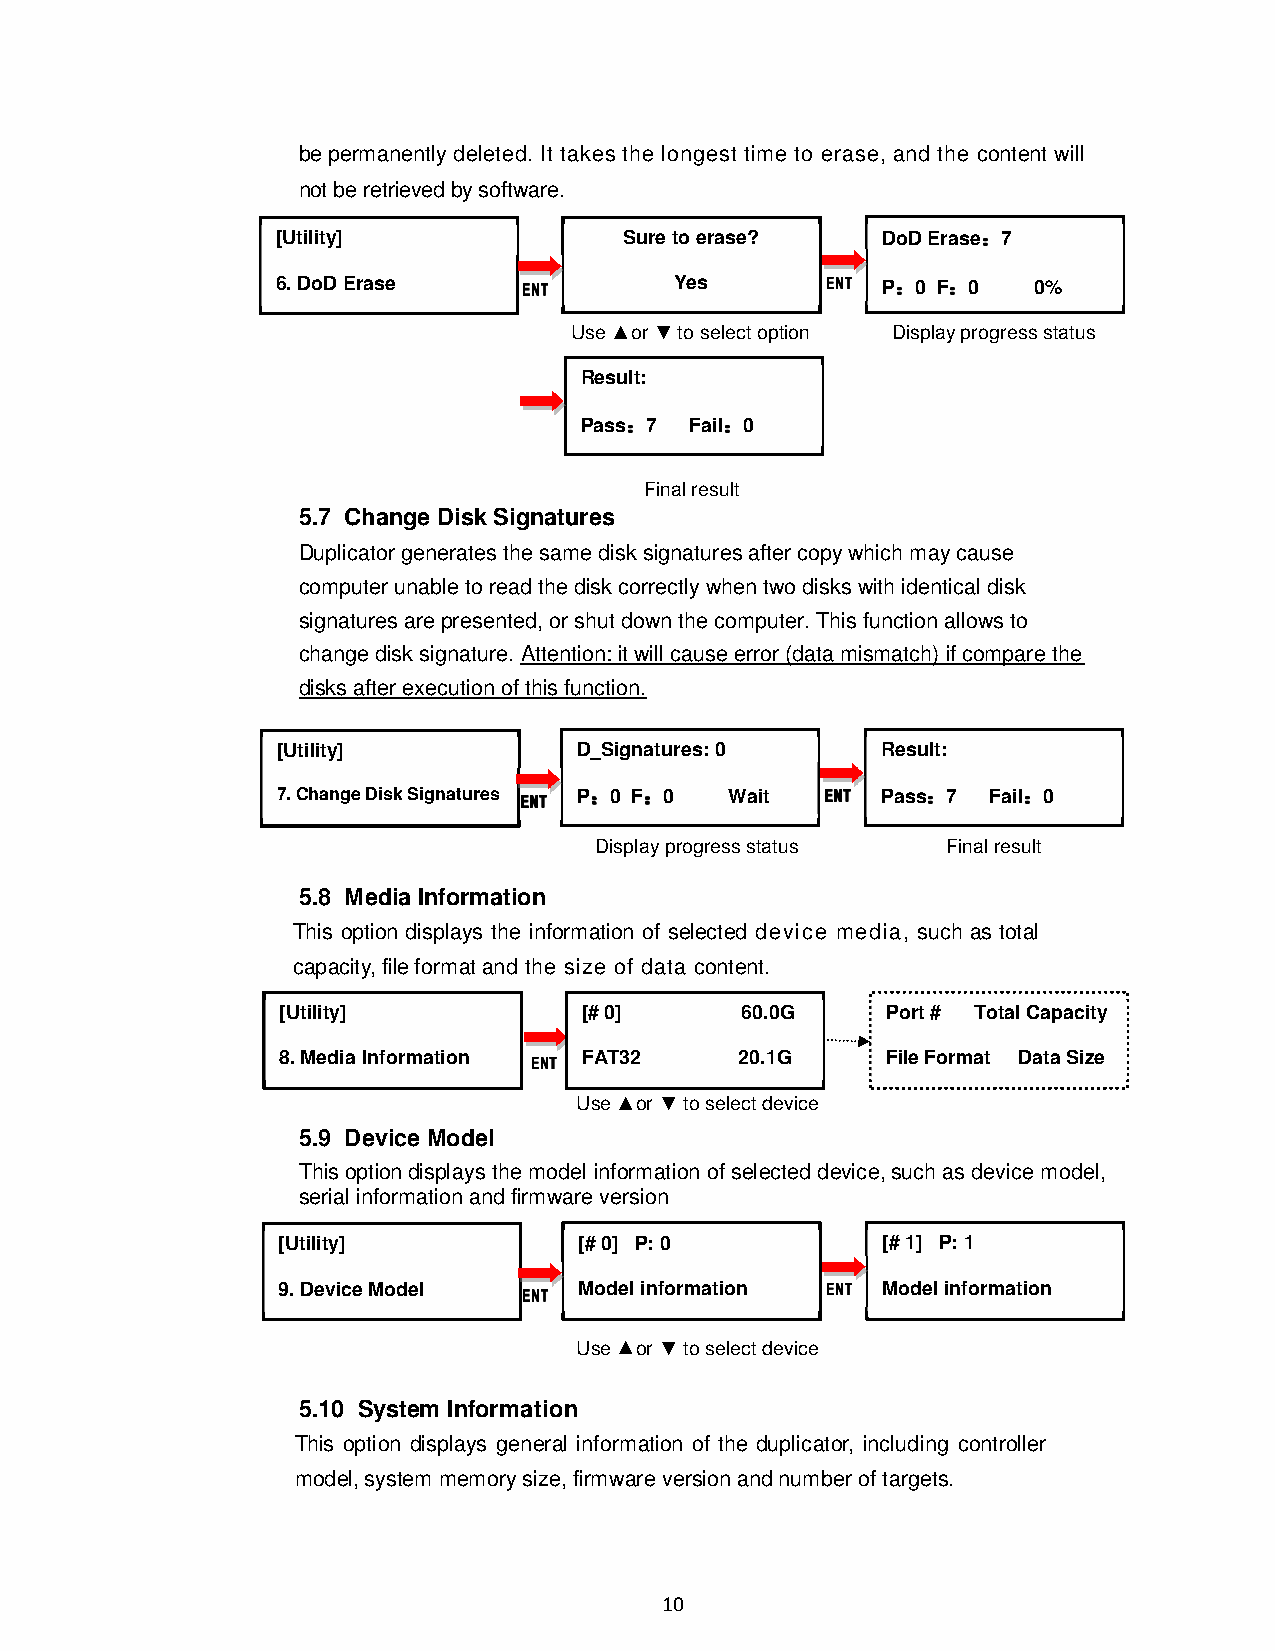
be permanently deleted. It takes the longest time to erase, and the content will
 not be retrieved by software.
 [Utility]              Sure to erase?   DoD Erase：：：：7
 6. DoD Erase     EEEENNNNTTTT Yes    EEEENNNNTTTT P：：：：0 F：：：：0 0%
 Use ▲or ▼ to select option Display progress status
 Result:
 Pass：：：：7 Fail：：：：0
 Final result
 5.7 Change Disk Signatures
 Duplicator generates the same disk signatures after copy which may cause
 computer unable to read the disk correctly when two disks with identical disk
 signatures are presented, or shut down the computer. This function allows to
 change disk signature. Attention: it will cause error (data mismatch) if compare the
 disks after execution of this function.
 [Utility]           D_Signatures: 0     Result:
 7. Change Disk Signatures EEEENNNNTTTT P：：：：0 F：：：：0 Wait EEEENNNNTTTT Pass：：：：7 Fail：：：：0
 Display progress status Final result
 5.8 Media Information
 This option displays the information of selected device media, such as total
 capacity, file format and the size of data content.
 [U tility]          [# 0]     60.0G     Port # Total Capacity
 8. Media Information EEEENNNNTTTT FAT32 20.1G File Format Data Size
 Use ▲or ▼ to select device
 5.9 Device Model
 This option displays the model information of selected device, such as device model,
 serial information and firmware version
 [Utility]           [# 0] P: 0          [# 1] P: 1
 9. Device Model  EEEENNNNTTTT Model information EEEE NNNNTTTT Model information
 Use ▲or ▼ to select device
 5.10 System Information
 This option displays general information of the duplicator, including controller
 model, system memory size, firmware version and number of targets.
 10